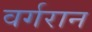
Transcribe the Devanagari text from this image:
वर्गरान